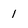
Character: 1